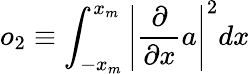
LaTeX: o_{2}\equiv\int_{-x_{m}}^{x_{m}}\left|\frac{\partial}{\partial x}a\right|^{2}dx